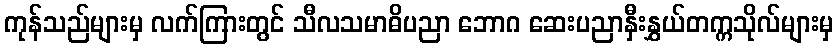
ကုန်သည်များမှ လက်ကြားတွင် သီလသမာဓိပညာ ဘောဂ ဆေးပညာနှီးနွှယ်တက္ကသိုလ်များမှ